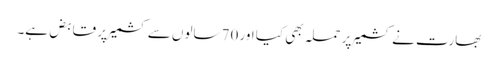
بھارت نے کشمیر پر حملہ بھی کیا اور 70 سالوں سے کشمیر پر قابض ہے۔